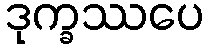
ဒုက္ခဿပေ